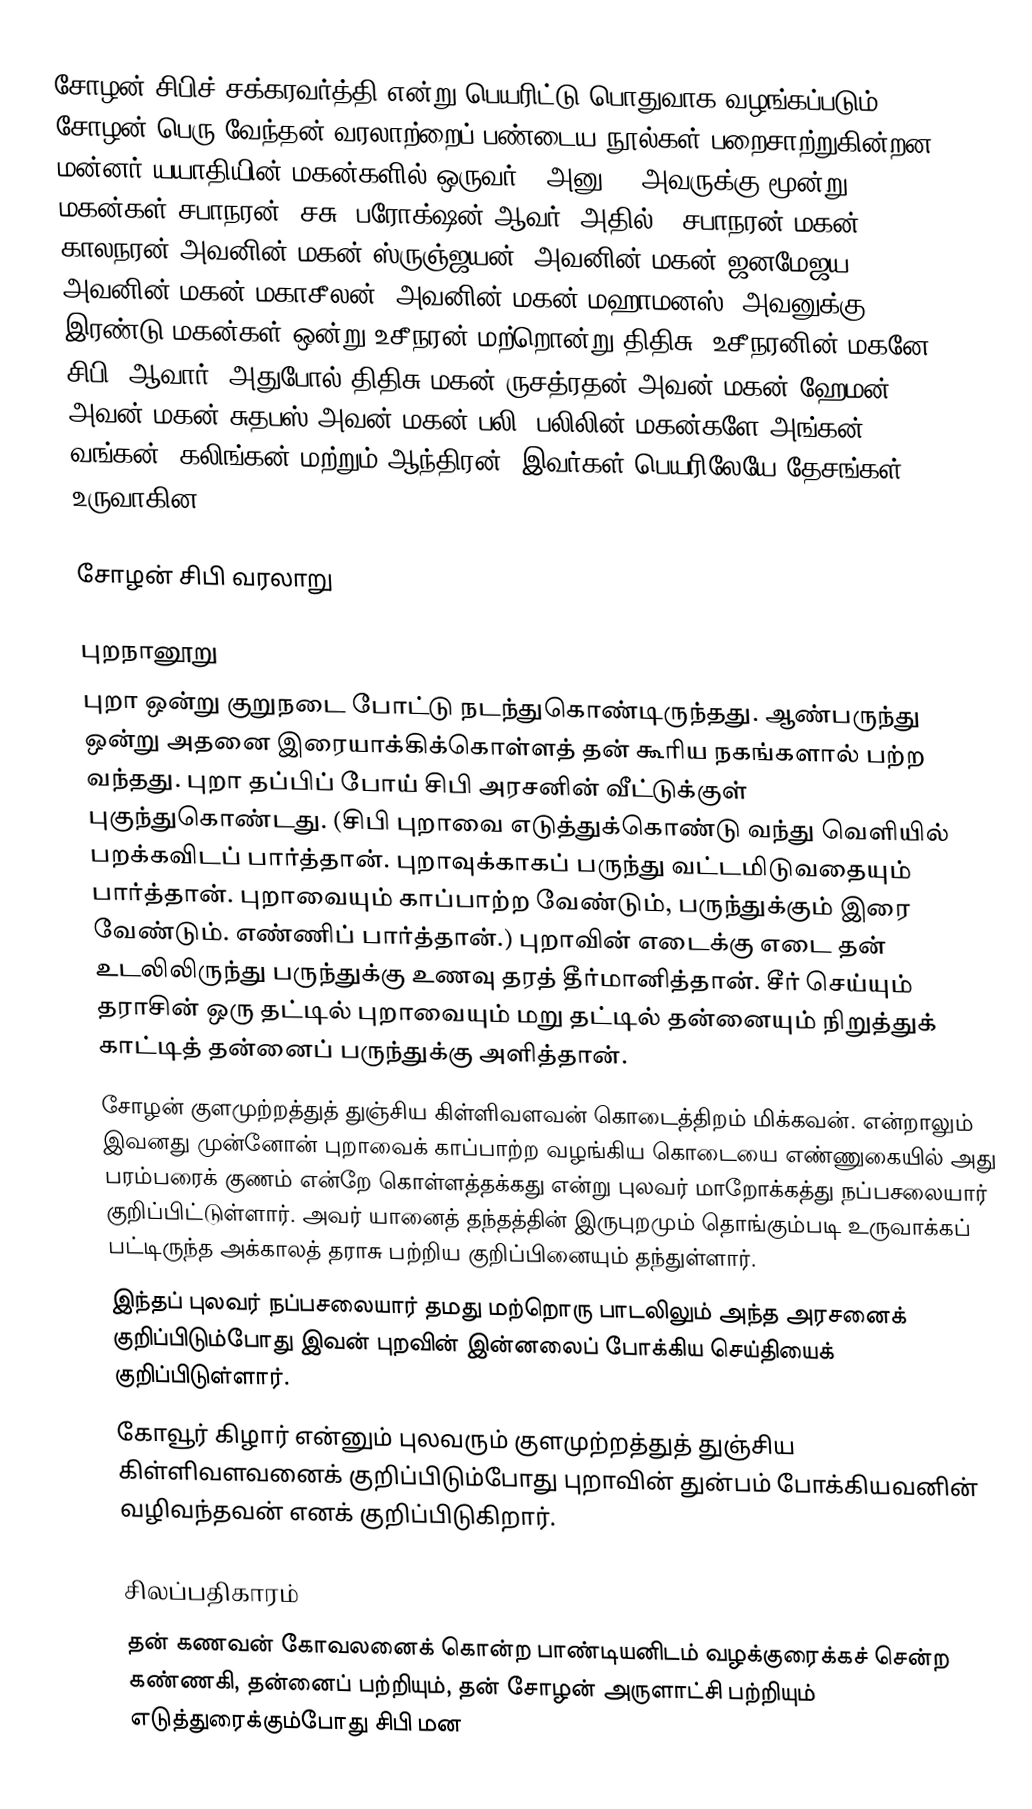
சோழன் சிபிச் சக்கரவர்த்தி என்று பெயரிட்டு பொதுவாக  வழங்கப்படும் சோழன் பெரு வேந்தன் வரலாற்றைப் பண்டைய நூல்கள் பறைசாற்றுகின்றன. மன்னர் யயாதியின் மகன்களில் ஒருவர் " அனு" . அவருக்கு மூன்று மகன்கள் சபாநரன், சசு, பரோக்ஷன் ஆவர். அதில் , சபாநரன் மகன் காலநரன் அவனின் மகன் ஸ்ருஞ்ஜயன், அவனின் மகன் ஜனமேஜய. அவனின் மகன் மகாசீலன். அவனின் மகன் மஹாமனஸ். அவனுக்கு இரண்டு மகன்கள் ஒன்று உசீநரன் மற்றொன்று திதிசு. உசீநரனின் மகனே " சிபி" ஆவார். அதுபோல் திதிசு மகன் ருசத்ரதன் அவன் மகன் ஹேமன். அவன் மகன் சுதபஸ்.அவன் மகன் பலி. பலிலின் மகன்களே அங்கன், வங்கன், கலிங்கன் மற்றும் ஆந்திரன். இவர்கள் பெயரிலேயே தேசங்கள் உருவாகின.

சோழன் சிபி வரலாறு

புறநானூறு
புறா ஒன்று குறுநடை போட்டு நடந்துகொண்டிருந்தது. ஆண்பருந்து ஒன்று அதனை இரையாக்கிக்கொள்ளத் தன் கூரிய நகங்களால் பற்ற வந்தது. புறா தப்பிப் போய் சிபி அரசனின் வீட்டுக்குள் புகுந்துகொண்டது. (சிபி புறாவை எடுத்துக்கொண்டு வந்து வெளியில் பறக்கவிடப் பார்த்தான். புறாவுக்காகப் பருந்து வட்டமிடுவதையும் பார்த்தான். புறாவையும் காப்பாற்ற வேண்டும், பருந்துக்கும் இரை வேண்டும். எண்ணிப் பார்த்தான்.) புறாவின் எடைக்கு எடை தன் உடலிலிருந்து பருந்துக்கு உணவு தரத் தீர்மானித்தான். சீர் செய்யும் தராசின் ஒரு தட்டில் புறாவையும் மறு தட்டில் தன்னையும் நிறுத்துக் காட்டித் தன்னைப் பருந்துக்கு அளித்தான்.
 சோழன் குளமுற்றத்துத் துஞ்சிய கிள்ளிவளவன் கொடைத்திறம் மிக்கவன். என்றாலும் இவனது முன்னோன் புறாவைக் காப்பாற்ற வழங்கிய கொடையை எண்ணுகையில் அது பரம்பரைக் குணம் என்றே கொள்ளத்தக்கது என்று புலவர் மாறோக்கத்து நப்பசலையார் குறிப்பிட்டுள்ளார். அவர் யானைத் தந்தத்தின் இருபுறமும் தொங்கும்படி உருவாக்கப் பட்டிருந்த அக்காலத் தராசு பற்றிய குறிப்பினையும் தந்துள்ளார்.
 இந்தப் புலவர் நப்பசலையார் தமது மற்றொரு பாடலிலும் அந்த அரசனைக் குறிப்பிடும்போது இவன் புறவின் இன்னலைப் போக்கிய செய்தியைக் குறிப்பிடுள்ளார்.
 கோவூர் கிழார் என்னும் புலவரும் குளமுற்றத்துத் துஞ்சிய கிள்ளிவளவனைக் குறிப்பிடும்போது புறாவின் துன்பம் போக்கியவனின் வழிவந்தவன் எனக் குறிப்பிடுகிறார்.

சிலப்பதிகாரம்
தன் கணவன் கோவலனைக் கொன்ற பாண்டியனிடம் வழக்குரைக்கச் சென்ற கண்ணகி, தன்னைப் பற்றியும், தன் சோழன் அருளாட்சி பற்றியும் எடுத்துரைக்கும்போது சிபி மன